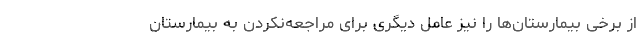
از برخی بیمارستان‌ها را نیز عامل دیگری برای مراجعه‌نکردن به بیمارستان